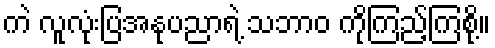
ကဲ လူလုံးပြအနုပညာရဲ့ သဘာဝ ကိုကြည့်ကြစို့။